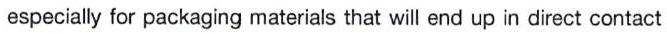
especially for packaging materials that will end up in direct contact